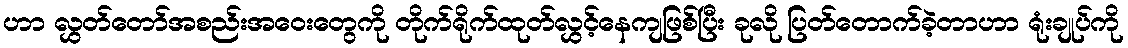
ဟာ လွှတ်တော်အစည်းအဝေးတွေကို တိုက်ရိုက်ထုတ်လွှင့်နေကျဖြစ်ပြီး ခုလို ပြတ်တောက်ခဲ့တာဟာ ရုံးချုပ်ကို